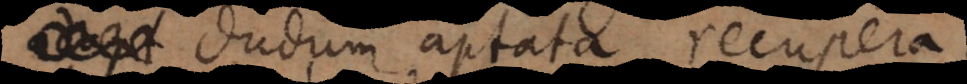
dudum aptata recuper